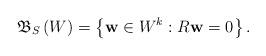
LaTeX: \begin{align*}\mathfrak{B}_{S}\left( W\right) =\left\{ \mathbf{w}\in W^{k}:R\mathbf{w}=0\right\} . \end{align*}